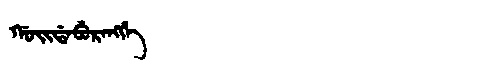
Manchu: ᡤᠣᡳᡩᠠᠪᡠᡵᠠᠩᡤᡝ
Romanization: GOIDABURANGGE